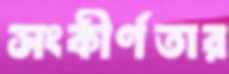
সংকীর্ণতার